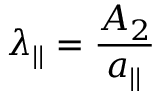
\lambda _ { | | } = \frac { A _ { 2 } } { a _ { | | } }